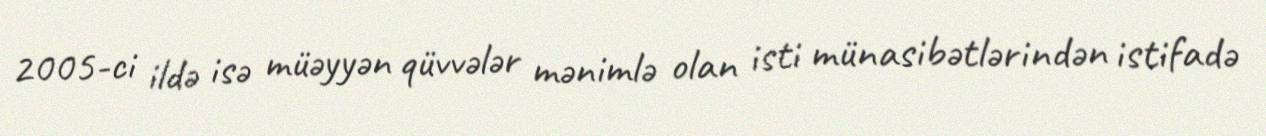
2005-ci ildə isə müəyyən qüvvələr mənimlə olan isti münasibətlərindən istifadə